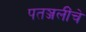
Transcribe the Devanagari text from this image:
पतञ्जलींचे